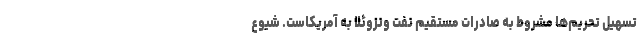
تسهیل تحریم‌ها مشروط به صادرات مستقیم نفت ونزوئلا به آمریکاست. شیوع